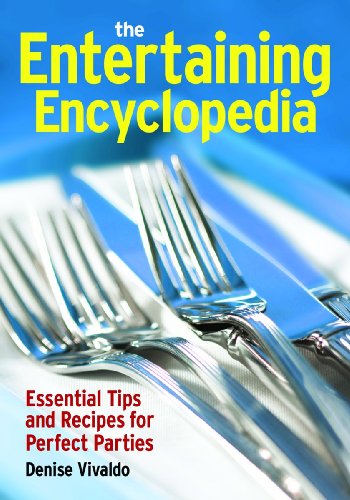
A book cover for The Entertaining Encyclopedia: Essential Tips for Hosting the Perfect Party; Denise Vivaldo; Cookbooks, Food & Wine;